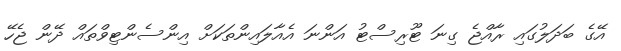
އޭގެ ބަދަލުގައި ރާއްޖެ ގިނަ ޓޫރިސްޓު އަންނަ އެއާލައިންތަކަށް އިންސެންޓިވްތައް ދޭން ޖެހޭ